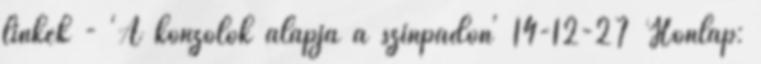
linkek - 'A konzolok alapja a színpadon' 14-12-27 Honlap: